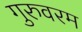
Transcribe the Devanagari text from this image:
गुरुवरम